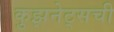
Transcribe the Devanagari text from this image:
कुझनेट्सची